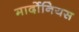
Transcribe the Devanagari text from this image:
मार्दोनियस